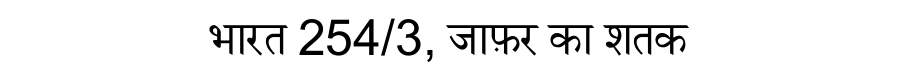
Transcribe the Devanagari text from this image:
भारत 254/3, जाफ़र का शतक